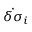
\dot { \delta \sigma } _ { i }